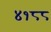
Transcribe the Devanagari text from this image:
४१८८